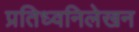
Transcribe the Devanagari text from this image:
प्रतिध्वनिलेखन